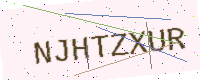
Text: NJHTZXUR